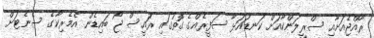
ރާއްޖެއަށާއި ސްރީލަންކާއަށް ކަނޑައަޅާ ސަފީރެއްގެ ގޮތުގައި ރައީސް ޖޯ ބައިޑެން އެމެރިކާގެ ސެނެޓަށް